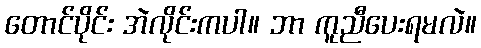
တောင်ပိုင်း အဲလိုင်းကပါ။ ဘာ ကူညီပေးရမလဲ။